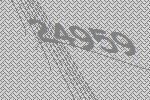
24959